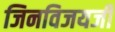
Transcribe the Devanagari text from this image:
जिनविजयजी